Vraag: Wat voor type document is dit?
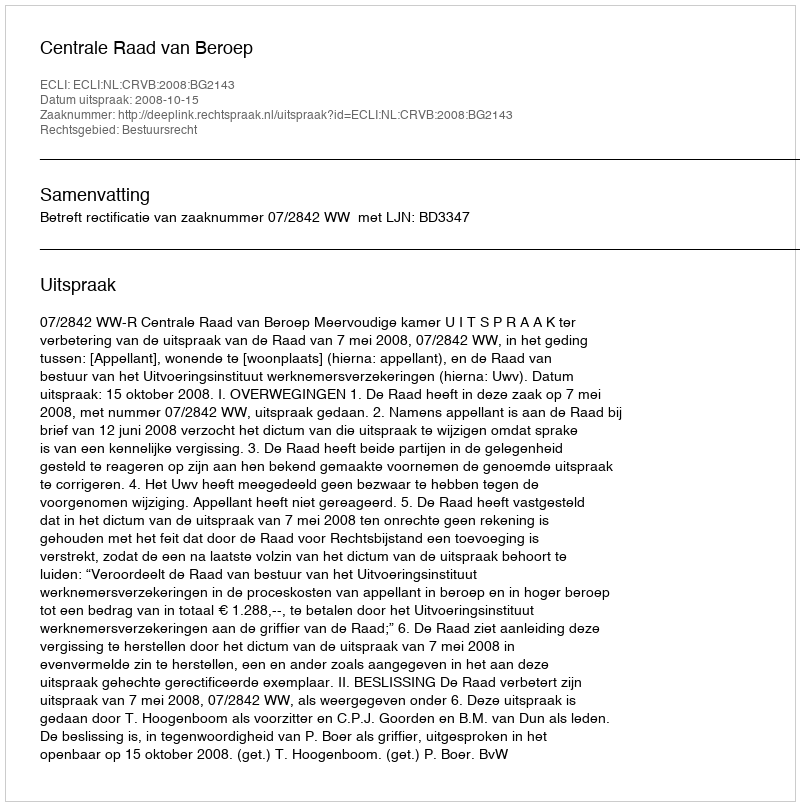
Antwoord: Uitspraak